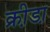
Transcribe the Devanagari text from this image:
क्री़डा़